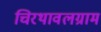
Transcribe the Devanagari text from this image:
चिरथावलग्राम